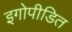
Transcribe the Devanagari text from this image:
इगोपीडित